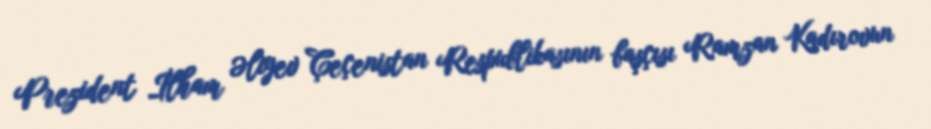
Prezident İlham Əliyev Çeçenistan Respublikasının başçısı Ramzan Kadırovun